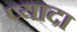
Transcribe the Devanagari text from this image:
प्‍यादा